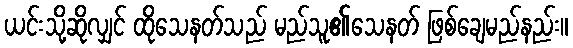
ယင်းသို့ဆိုလျှင် ထိုသေနတ်သည် မည်သူ၏သေနတ် ဖြစ်ချေမည်နည်း။